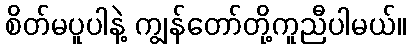
စိတ်မပူပါနဲ့ ကျွန်တော်တို့ကူညီပါမယ်။